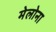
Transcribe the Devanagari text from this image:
मेलोना